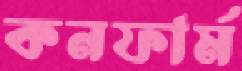
কনফার্ম